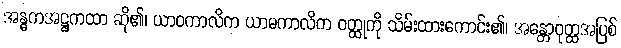
အန္ဓကအဋ္ဌကထာ ဆို၏၊ ယာဝကာလိက ယာမကာလိက ဝတ္ထုကို သိမ်းထားကောင်း၏၊ အန္တောဝုတ္ထအပြစ်